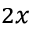
_ { 2 x }